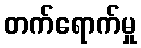
တက်ရောက်မှု